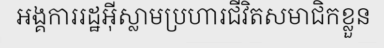
អង្គការរដ្ឋអ៊ីស្លាមប្រហារជីវិតសមាជិកខ្លួន